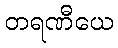
တရဏီယေ